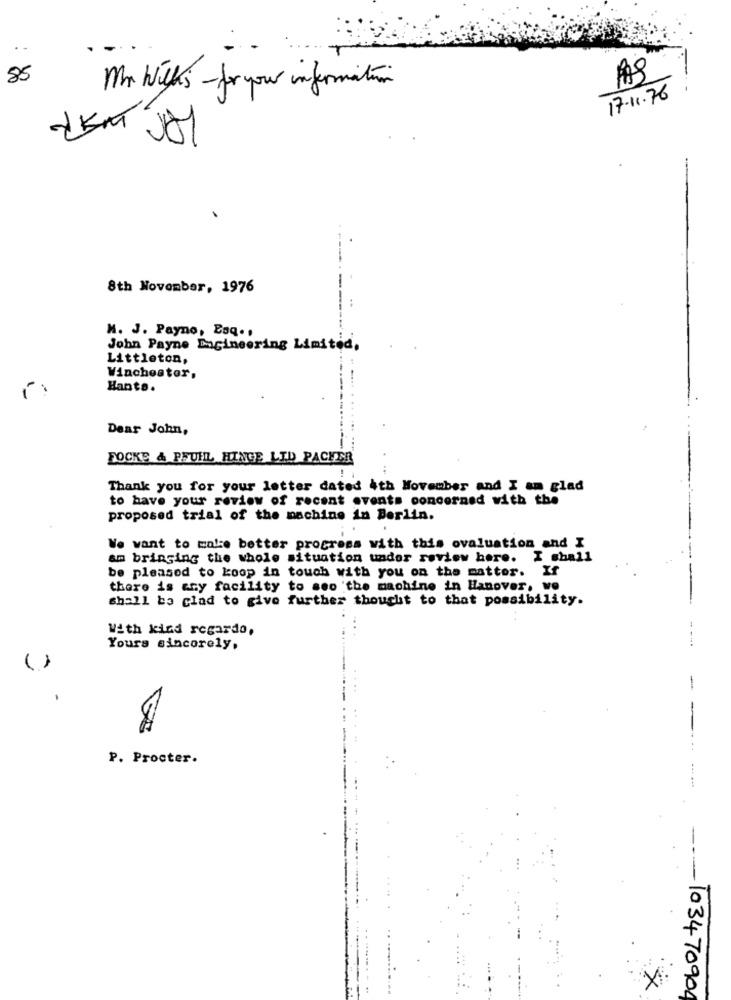
..
85
Mr. Wilks - for your information
17.11.76
8th November, 1976
M. J. Payno, Esq. ,
John Payne Engineering Limited,
Littleton,
Winchester.
Hants.
Dear John,
FOCKS & PFUHL HINGE LID PACEER
Thank you for your letter dated 4th November and I am glad
to have your review of recent events concerned with the
proposed trial of the machine in Berlin.
We want to make better progress with this ovaluation and I
am bringing the whole situation under review here. I shall
be pleased to koop in touch with you on the matter. If
there is any facility to see the machine in Hanover. we
shall be glad to give further thought to that possibility.
With kind regardo,
- ---.
Yours sincerely,
()
-
P. Procter.
-
-103470904